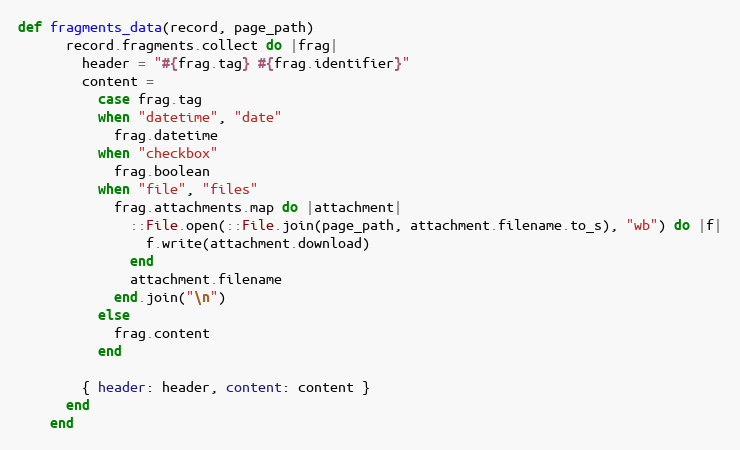
Language: Ruby
def fragments_data(record, page_path)
      record.fragments.collect do |frag|
        header = "#{frag.tag} #{frag.identifier}"
        content =
          case frag.tag
          when "datetime", "date"
            frag.datetime
          when "checkbox"
            frag.boolean
          when "file", "files"
            frag.attachments.map do |attachment|
              ::File.open(::File.join(page_path, attachment.filename.to_s), "wb") do |f|
                f.write(attachment.download)
              end
              attachment.filename
            end.join("\n")
          else
            frag.content
          end

        { header: header, content: content }
      end
    end